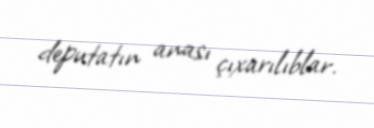
deputatın anası çıxarılıblar.